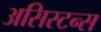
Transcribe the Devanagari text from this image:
असिस्टन्स